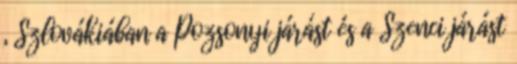
, Szlovákiában a Pozsonyi járást és a Szenci járást